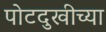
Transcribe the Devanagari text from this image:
पोटदुखीच्या